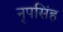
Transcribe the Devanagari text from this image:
नृपसिंह